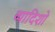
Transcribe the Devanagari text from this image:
व्यादिशो